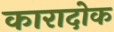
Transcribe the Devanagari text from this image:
कारादोक